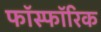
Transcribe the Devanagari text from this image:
फॉस्फॉरिक